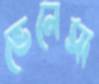
ভেনেসা